Annual administration report of the Civil Veterinary Department of India - 1906-1907
Year: 1906
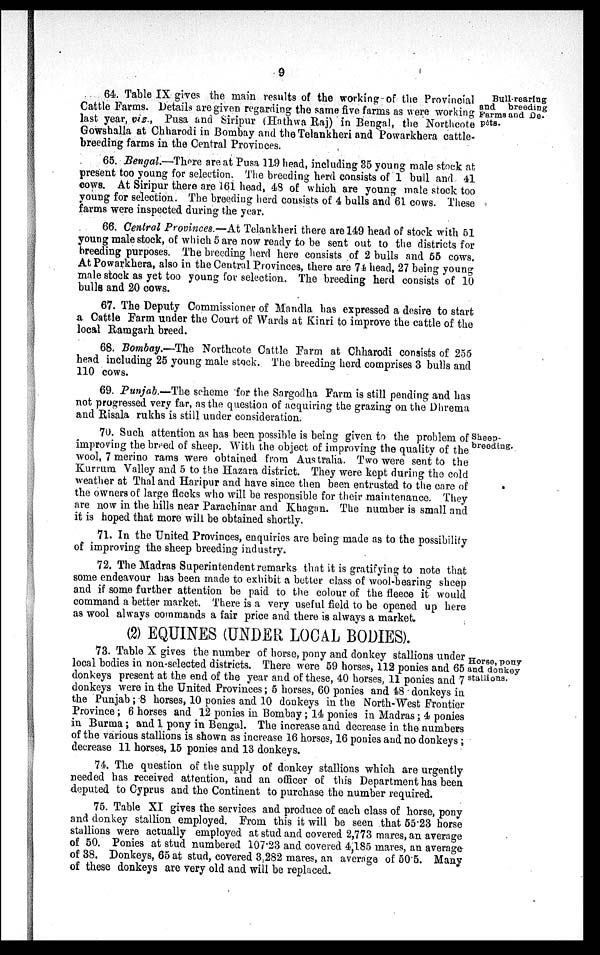
9
Bull-rearing
and breeding
Farms and De¬
pôts.
64. Table IX gives the main results of the working of the Provincial
Cattle Farms. Details are given regarding the same five farms as were working
last year, viz., Pusa and Siripur (Hathwa Raj) in Bengal, the Northcote
Gowshalla at Chharodi in Bombay and the Telankheri and Powarkhera cattle¬
breeding farms in the Central Provinces.
65. Bengal.—There are at Pusa 119 head, including 35 young male stock at
present too young for selection. The breeding herd consists of 1 bull and 41
cows. At Siripur there are 161 head, 48 of which are young male stock too
young for selection. The breeding herd consists of 4 bulls and 61 cows. These
farms were inspected during the year.
66. Central Provinces.—At Telankheri there are 149 head of stock with 51
young male stock, of which 5 are now ready to be sent out to the districts for
breeding purposes. The breeding herd here consists of 2 bulls and 55 cows.
At Powarkhera, also in the Central Provinces, there are 74 head, 27 being young
male stock as yet too young for selection. The breeding herd consists of 10
bulls and 20 cows.
67. The Deputy Commissioner of Mandla has expressed a desire to start
a Cattle Farm under the Court of Wards at Kinri to improve the cattle of the
local Ramgarh breed.
68. Bombay.—The Northcote Cattle Farm at Chharodi consists of 255
head including 25 young male stock. The breeding herd comprises 3 bulls and
110 cows.
69. Punjab.—The scheme for the Sargodha Farm is still pending and has
not progressed very far, as the question of acquiring the grazing on the Dhrema
and Risala rukhs is still under consideration.
Sheep¬
breeding.
70. Such attention as has been possible is being given to the problem of
improving the breed of sheep. With the object of improving the quality of the
wool, 7 merino rams were obtained from Australia. Two were sent to the
Kurrum Valley and 5 to the Hazara district. They were kept during the cold
weather at Thal and Haripur and have since then been entrusted to the care of
the owners of large flocks who will be responsible for their maintenance. They
are now in the hills near Parachinar and Khagan. The number is small and
it is hoped that more will be obtained shortly.
71. In the United Provinces, enquiries are being made as to the possibility
of improving the sheep breeding industry.
72. The Madras Superintendent remarks that it is gratifying to note that
some endeavour has been made to exhibit a better class of wool-bearing sheep
and if some further attention be paid to the colour of the fleece it would
command a better market. There is a very useful field to be opened up here
as wool always commands a fair price and there is always a market.
(2) EQUINES (UNDER LOCAL BODIES).
Horse, pony
and donkey
stallions.
73. Table X gives the number of horse, pony and donkey stallions under
local bodies in non-selected districts. There were 59 horses, 112 ponies and 65
donkeys present at the end of the year and of these, 40 horses, 11 ponies and 7
donkeys were in the United Provinces; 5 horses, 60 ponies and 48 donkeys in
the Punjab ; 8 horses, 10 ponies and 10 donkeys in the North-West Frontier
Province; 6 horses and 12 ponies in Bombay; 14 ponies in Madras; 4 ponies
in Burma; and 1 pony in Bengal. The increase and decrease in the numbers
of the various stallions is shown as increase 16 horses, 16 ponies and no donkeys ;
decrease 11 horses, 15 ponies and 13 donkeys.
74. The question of the supply of donkey stallions which are urgently
needed has received attention, and an officer of this Department has been
deputed to Cyprus and the Continent to purchase the number required.
75. Table XI gives the services and produce of each class of horse, pony
and donkey stallion employed. From this it will be seen that 55.23 horse
stallions were actually employed at stud and covered 2,773 mares, an average
of 50. Ponies at stud numbered 107.23 and covered 4,185 mares, an average
of 38. Donkeys, 65 at stud, covered 3,282 mares, an average of 50.5. Many
of these donkeys are very old and will be replaced.